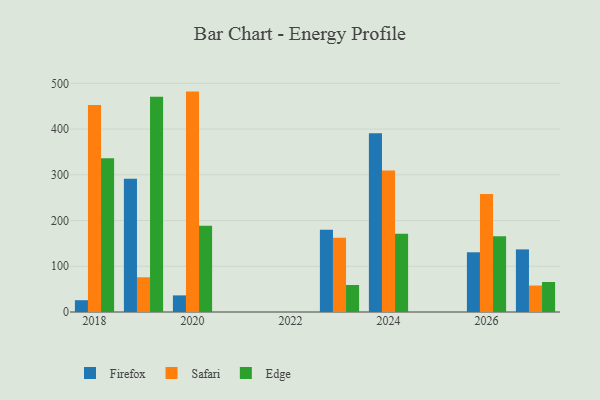
{"axis": {"x": "Year", "y": "Humidity (%)"}, "legend": ["Edge", "Firefox", "Safari"], "data": [{"x": "2026", "y": 130.6, "type": "Firefox"}, {"x": "2026", "y": 257.8, "type": "Safari"}, {"x": "2026", "y": 165.4, "type": "Edge"}, {"x": "2019", "y": 291.6, "type": "Firefox"}, {"x": "2019", "y": 75.9, "type": "Safari"}, {"x": "2019", "y": 471.0, "type": "Edge"}, {"x": "2024", "y": 390.8, "type": "Firefox"}, {"x": "2024", "y": 309.3, "type": "Safari"}, {"x": "2024", "y": 170.9, "type": "Edge"}, {"x": "2027", "y": 136.9, "type": "Firefox"}, {"x": "2027", "y": 57.9, "type": "Safari"}, {"x": "2027", "y": 65.6, "type": "Edge"}, {"x": "2020", "y": 36.3, "type": "Firefox"}, {"x": "2020", "y": 482.0, "type": "Safari"}, {"x": "2020", "y": 188.8, "type": "Edge"}, {"x": "2018", "y": 25.8, "type": "Firefox"}, {"x": "2018", "y": 452.7, "type": "Safari"}, {"x": "2018", "y": 336.4, "type": "Edge"}, {"x": "2023", "y": 180.1, "type": "Firefox"}, {"x": "2023", "y": 162.5, "type": "Safari"}, {"x": "2023", "y": 59.1, "type": "Edge"}]}